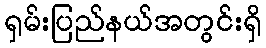
ရှမ်းပြည်နယ်အတွင်းရှိ